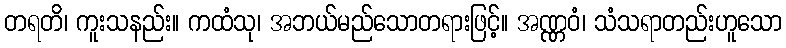
တရတိ၊ ကူးသနည်း။ ကထံသု၊ အဘယ်မည်သောတရားဖြင့်။ အဏ္ဏဝံ၊ သံသရာတည်းဟူသော